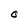
Character: O